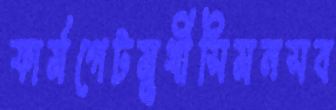
ফার্মগেটমুখীসিমনসব